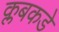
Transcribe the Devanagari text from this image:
क्लबकडे